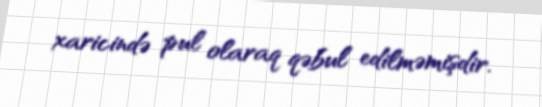
xaricində pul olaraq qəbul edilməmişdir.